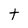
Character: t